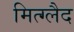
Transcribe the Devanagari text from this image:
मित्ग्लैद